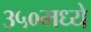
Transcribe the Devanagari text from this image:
३५०मध्ये